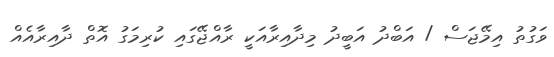
ވަގުތު އިމޭޖަސް / އަބްދު އަބީދު މިދާއިރާއަކީ ރާއްޖޭގައި ކުރިމަގު އޮތް ދާއިރާއެއް